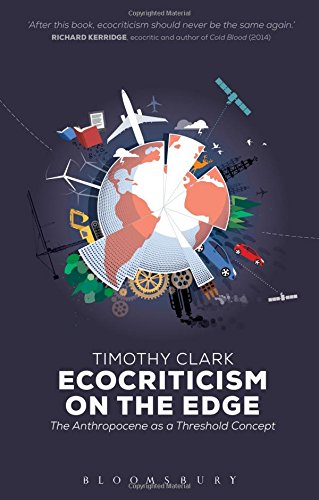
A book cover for Ecocriticism on the Edge: The Anthropocene as a Threshold Concept; Timothy Clark; Literature & Fiction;